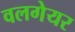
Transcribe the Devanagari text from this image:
वलगेयर